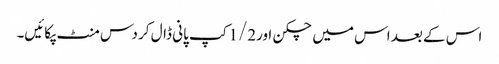
اس کے بعد اس میں چکن اور1/2کپ پانی ڈال کر دس منٹ پکائیں۔